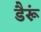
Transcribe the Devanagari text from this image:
डैरूं